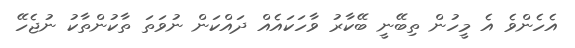
އެހެންވެ އެ މީހުން ތިބޭނީ ބޭކާރު ވާހަކައެއް ދައްކަން ނުވަތަ ތާކުންތާކު ނުޖެހޭ